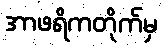
အာဖရိကတိုက်မှ